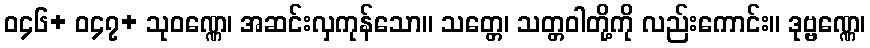
ဝ၄၆+ ဝ၄၇+ သုဝဏ္ဏေ၊ အဆင်းလှကုန်သော။ သတ္တေ၊ သတ္တဝါတို့ကို လည်းကောင်း။ ဒုဗ္ဗဏ္ဏေ၊